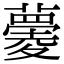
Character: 𧀧